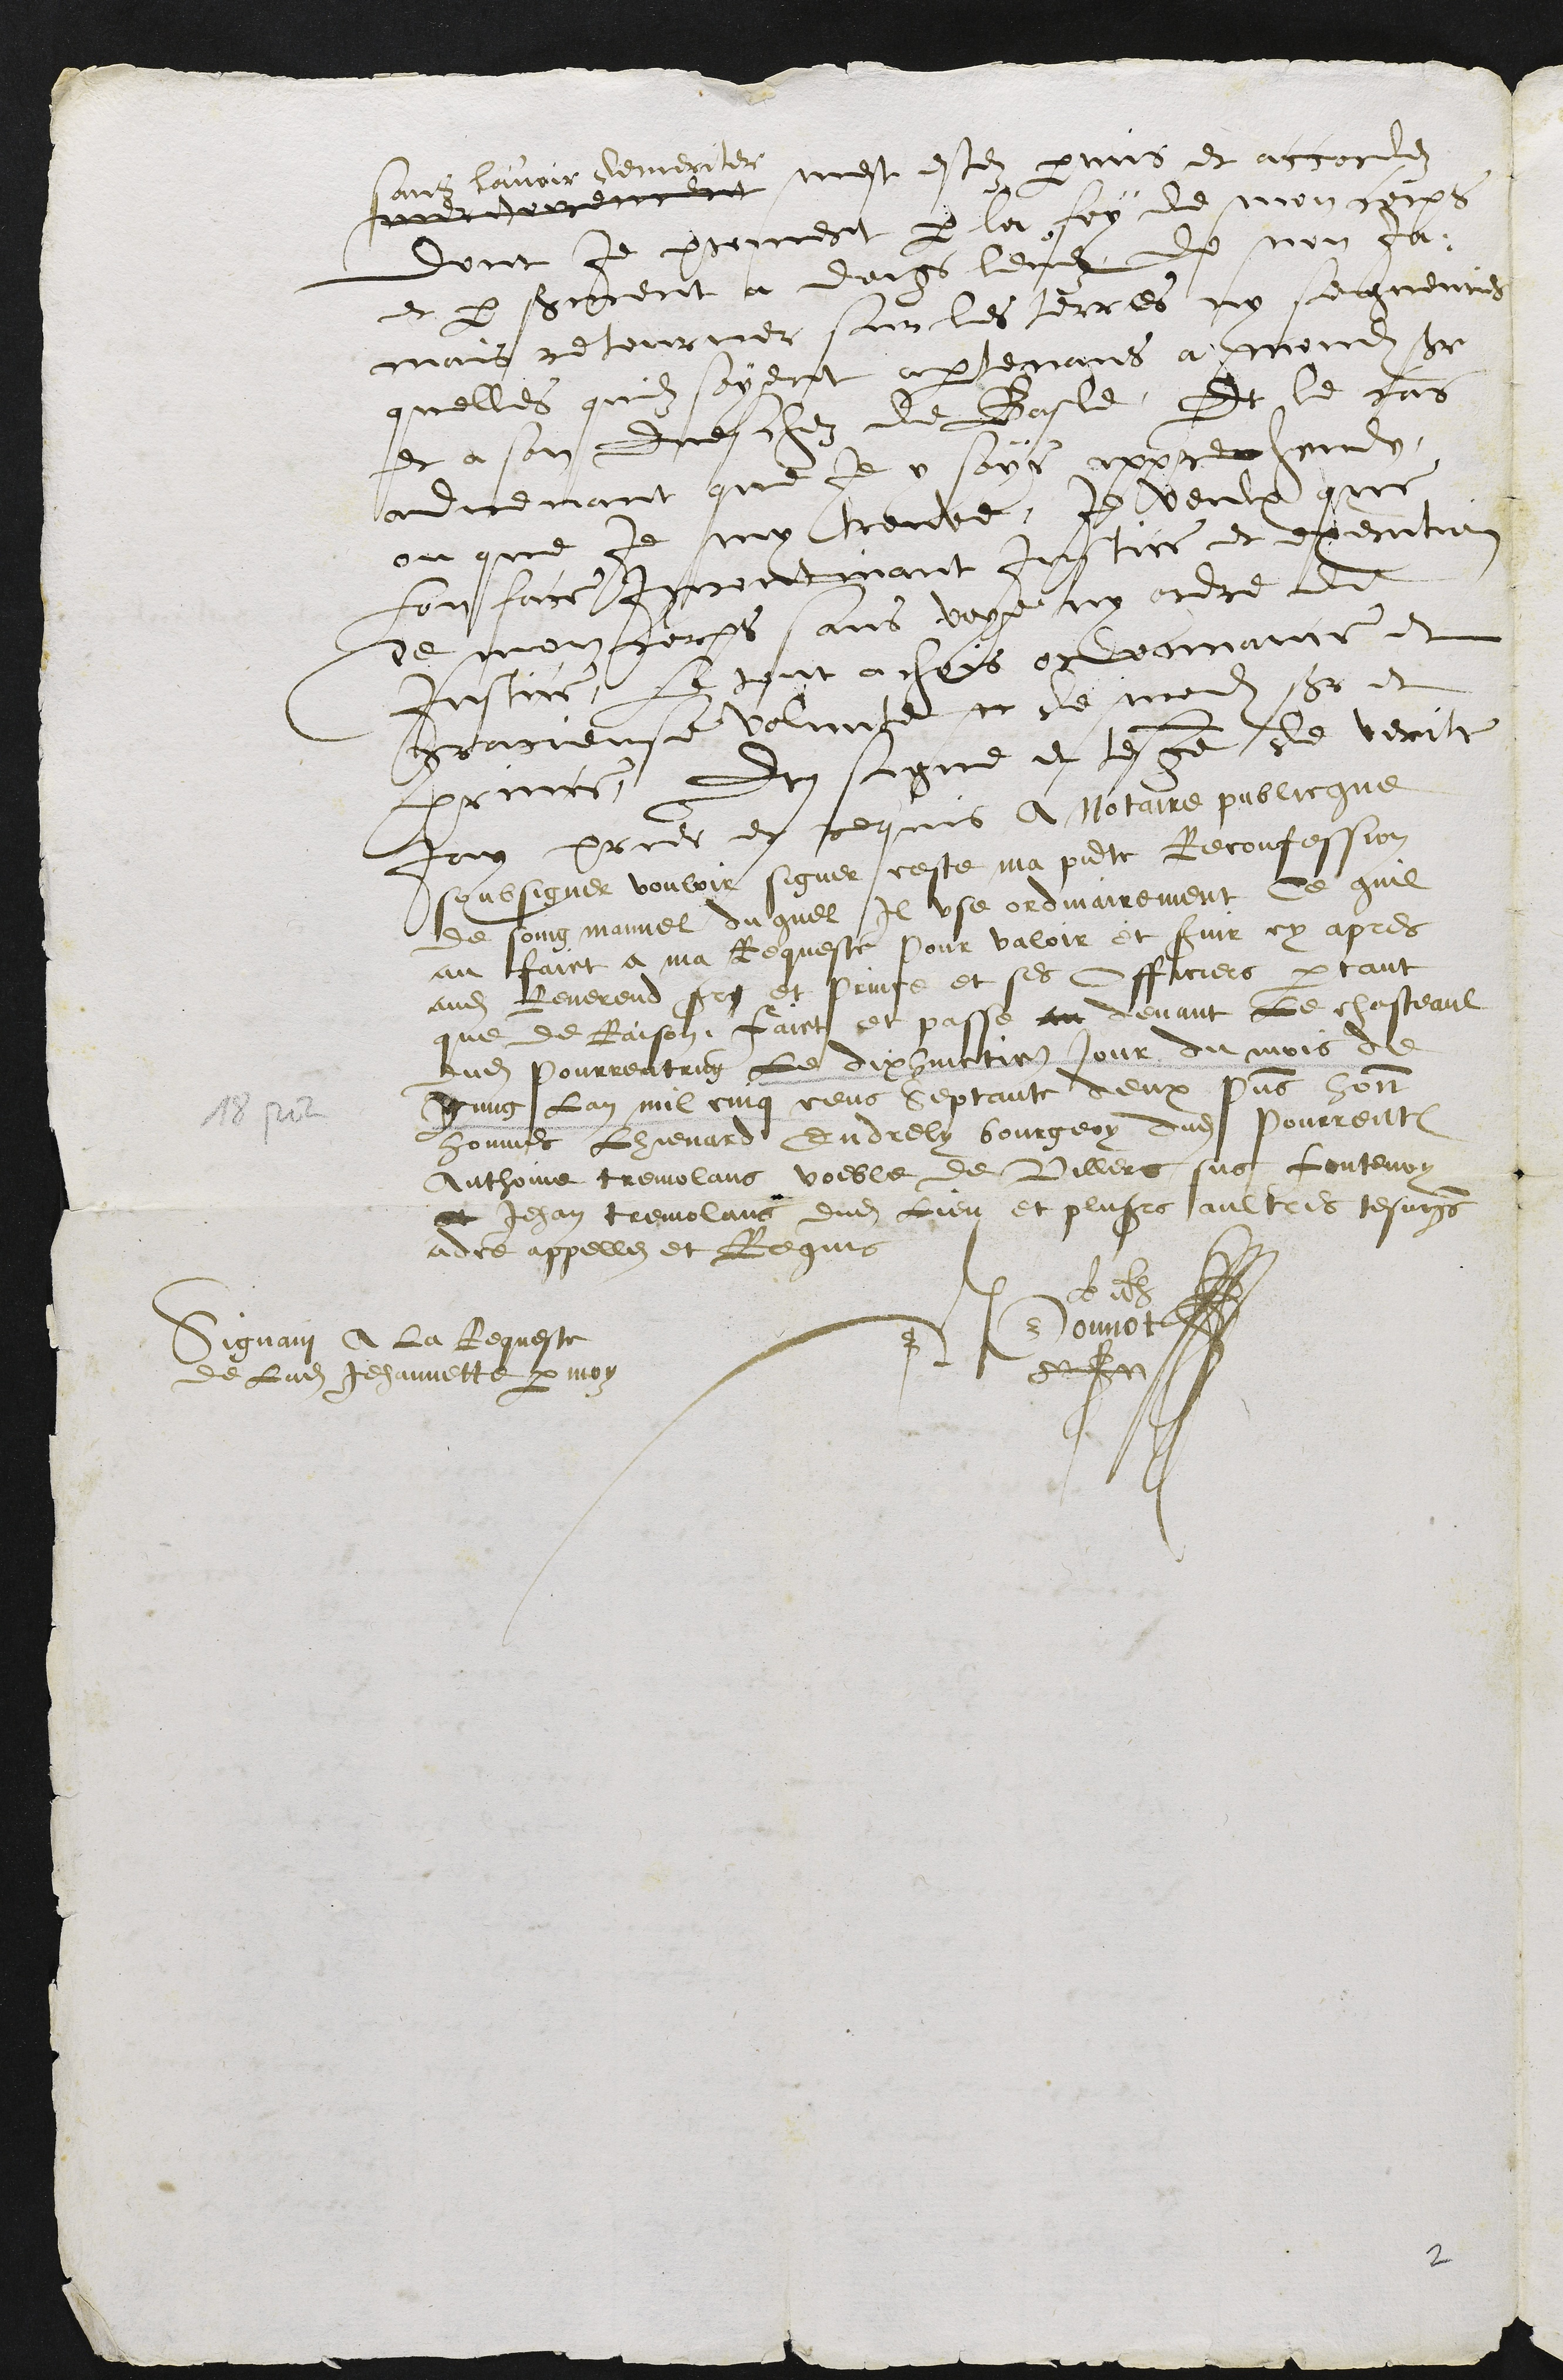
mer???ment
sans l’avoir démérité,
m'a été permis d’accorder,
dont je promets par la foi de mon corps
et par serment à doigts levés de n’en ja
mais retourner sur les terres, ni seigneuries
quelles qu’elles soient appartenant à mondit seigneur
et à son Evêché de Bâle. Et le cas
advenant, que j’y sois appréhendée,
où que je m’y trouve, je veux que
l’on fasse incontinent justice et exécution
de mon corps, sans voix ni ordre de
justice, le tout à choix, ordonnance et
gracieuse volonté de mondit seigneur et
prince. Et signe et témoignage de vérité,
j’ai prié et requis au notaire public
soussigné vouloir signer cette ma présente reconfession
de seing manuel duquel il use ordinairement. Ce qu’il
a fait à ma requête pour valoir et jouir ci-après
audit révérend seigneur et prince, et ses officiers, partant
que de raison. Fait et passé devant le Château
dudit Porrentruy le dix-huitième jour du mois de
juin l’an mille cinq cent septante-deux, présents honnorables
hommes Lienard Endreli, bourgeois dudit Porrentruy,
Antoine Tremolan, voeble de Villars-sur-Fontenais,
et Jean Tremolan, dudit lieu, et plusieurs autres témoins
pour ce appelés et requis.
?????
Donnot
?????????????
Signant a la Requeste
de ladite Jehannette par moy